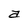
Character: a